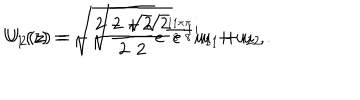
LaTeX: U _ { 1 } ( z ) = \sqrt { \frac { 2 - \sqrt { 2 } } { 2 } } e ^ { \frac { 1 1 \pi } { 8 } i } u _ { 1 } + u _ { 2 } ~ , \hspace { 0 . 5 c m } U _ { 2 } ( z ) = - \sqrt { \frac { 2 + \sqrt { 2 } } { 2 } } e ^ { \frac { \pi } { 8 } i } u _ { 1 } + u _ { 2 } ~ .